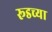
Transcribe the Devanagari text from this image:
रूडच्या